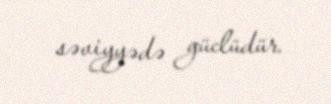
səviyyədə güclüdür.